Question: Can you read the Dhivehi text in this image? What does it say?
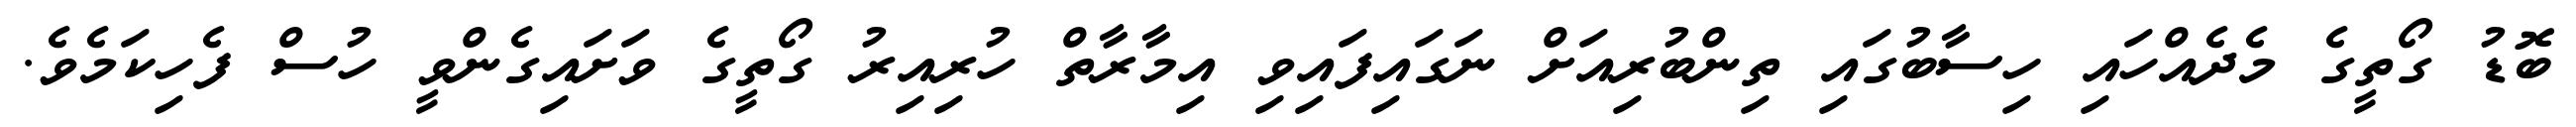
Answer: ބޮޑު ގޯތީގެ މެދެއްހައި ހިސާބުގައި ތިންބުރިއަށް ނަގައިފައިވި އިމާރާތް ހުރިއިރު ގޯތީގެ ވަށައިގެންވީ ހުސް ފެހިކަމެވެ.